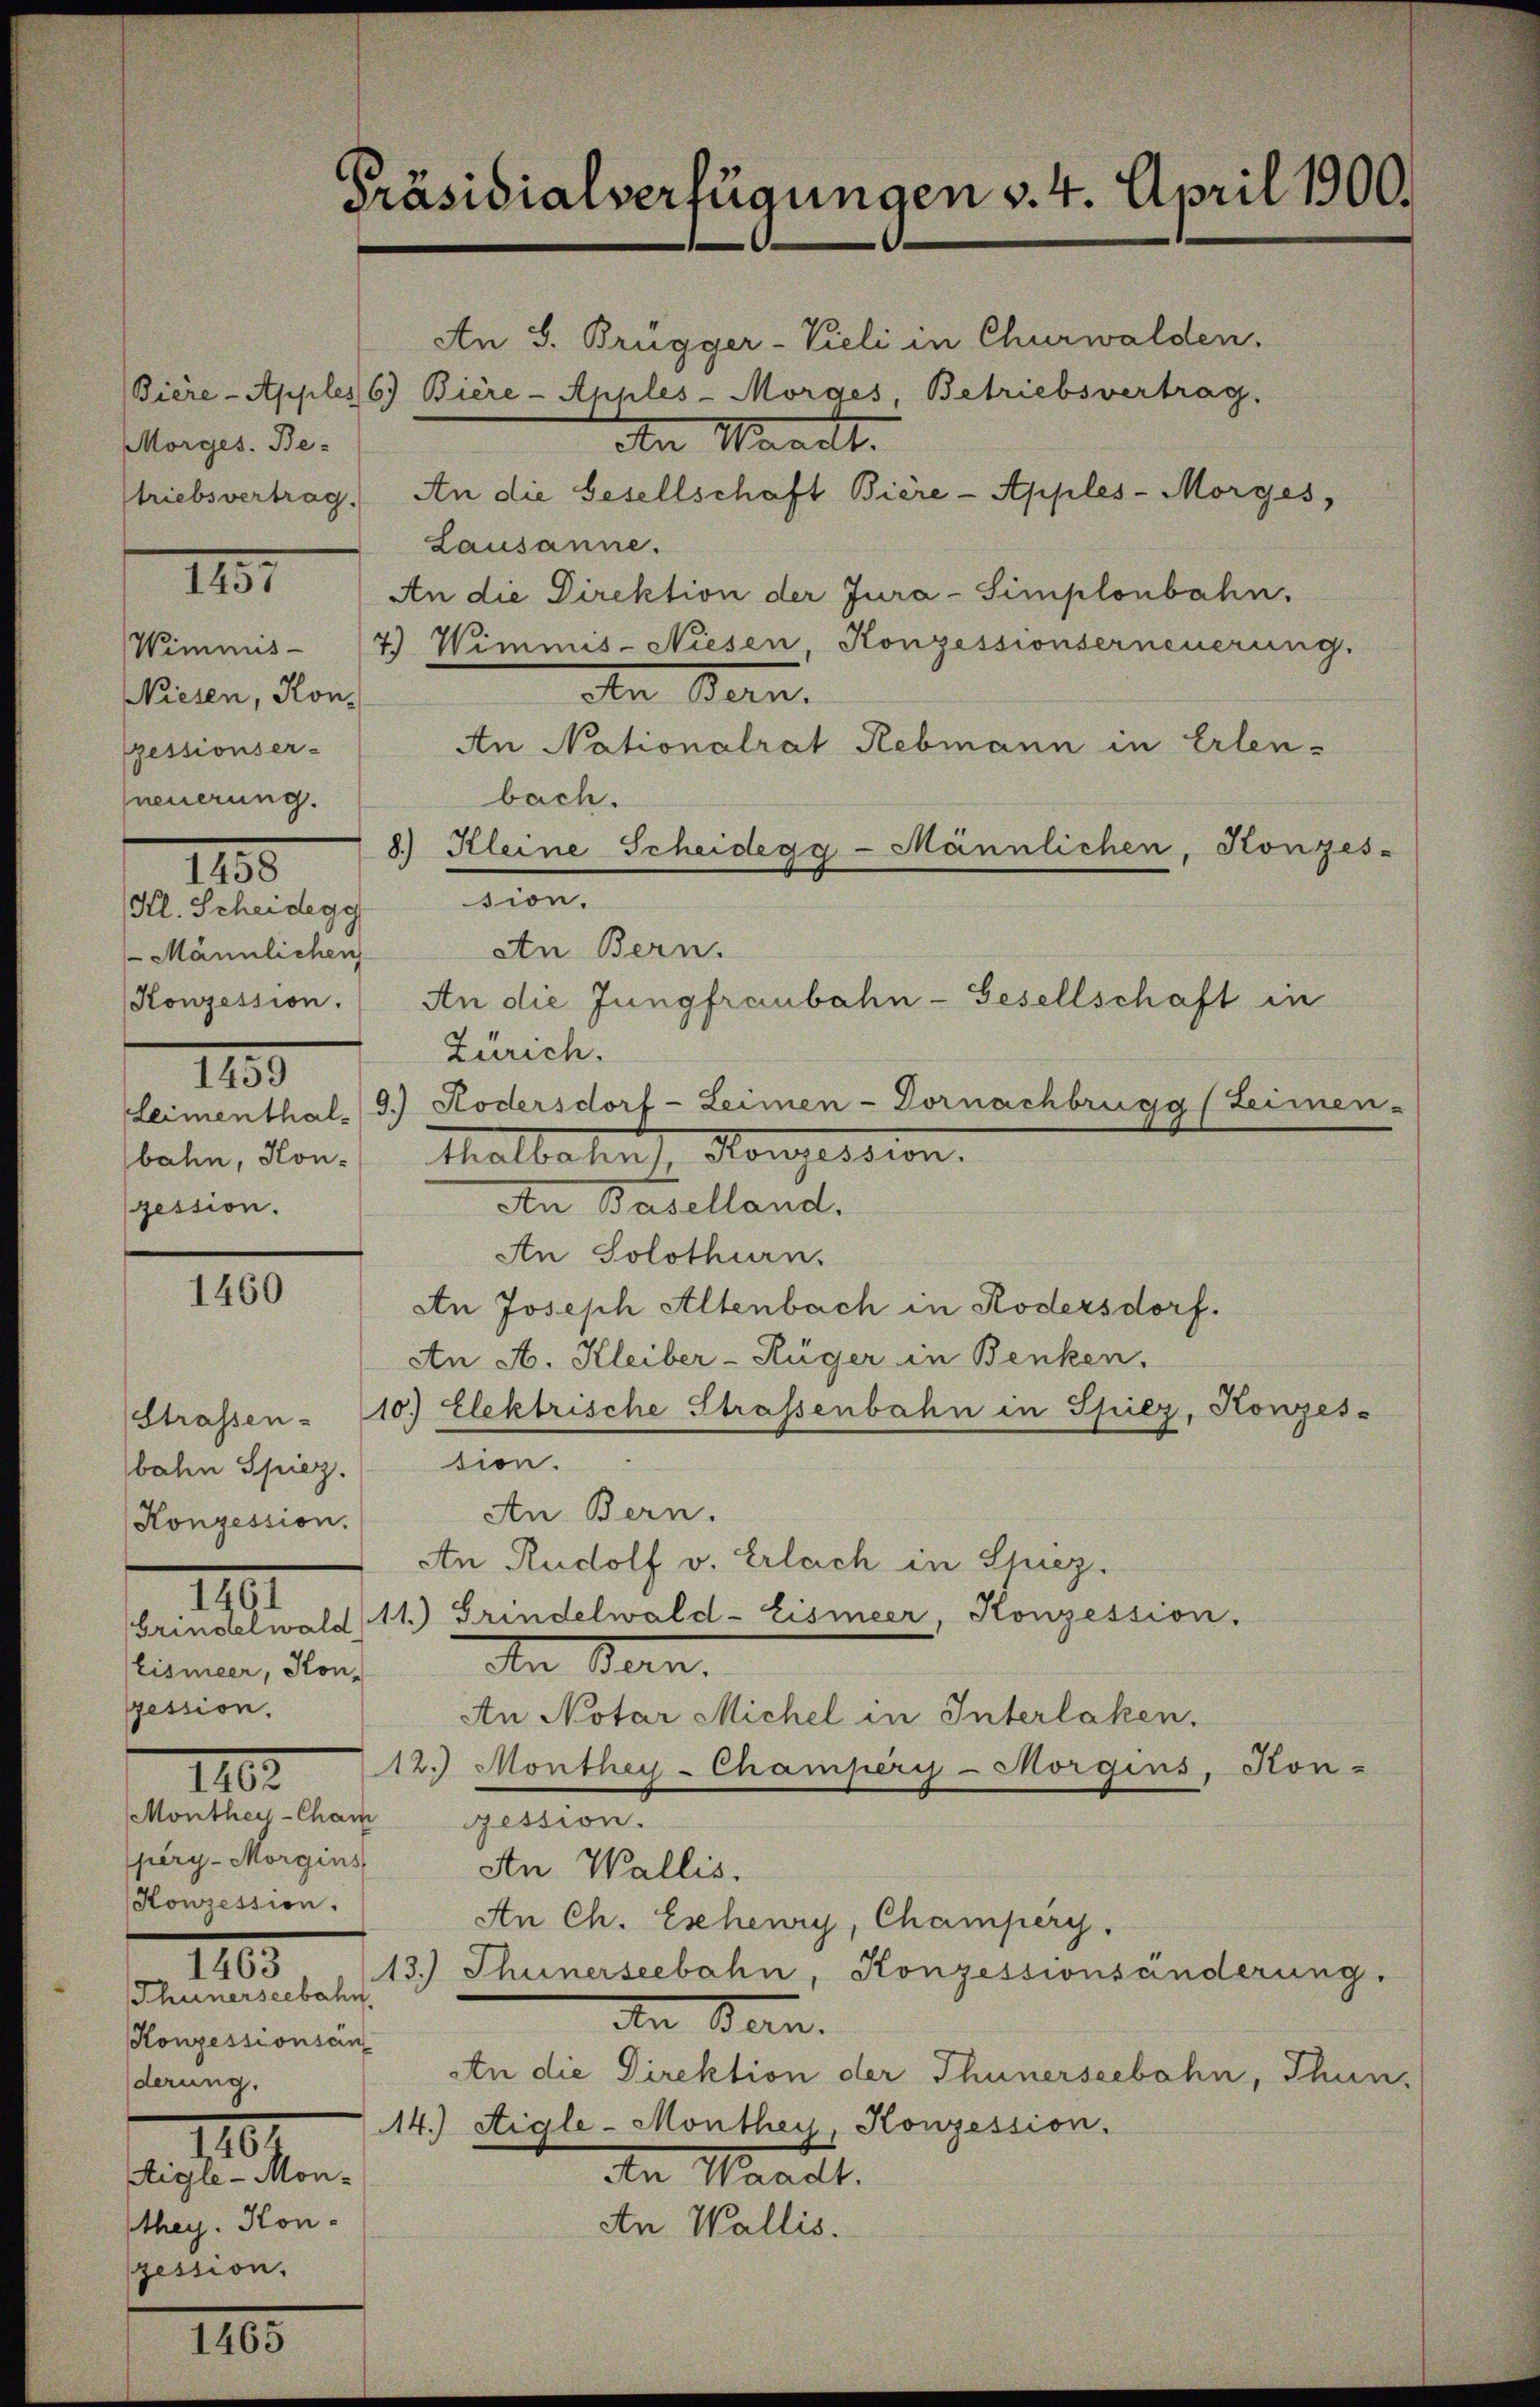
Morges. Be-

Niesen, Konpessionser-
neuerung.
Hl. Scheidegg
Männlichen
115
pession.

baten Spiez.
Konzession.
110.
Grindelwald
Eismeer, Kon-
pession.

derung.

pery- Morgins
Konzession.
1105
Thunerseebahn,
Konzessionsan

III.

1185.

1460

1102.

1101.

Aigle - Monthey. Kon-
zession.

1465

Präsidialverfügungen v. 4. April 1900.

Bière-Apples 6.) Bière-Apples-Morges, Betriebsvertrag.
An Waadt.
triebsvertrag. An die Gesellschaft Bière-Apples-Morges,
Lausanne.
An die Direktion der Jura-Simplonbahn.
Wimmis- (7) Wimmis-Niesen, Konzessionserneuerung.
An Bern.
An Nationalrat Rebmann in Erlenbach.
8.) Kleine Scheidegg-Männlichen, Konzes-
sion.
An Bern.
Zürich.
Leimenthal. 9.) Ködersdorf - Leimen-Dornachbrugg (Leimen-
bahn, son thalbahns, Konzession.
An Baselland.
An Solothurn.
An Joseph Altenbach in Rödersdorf.
An A. Kleiber-Rüger in Benken,
Strassen - (10.) Elektrische Strassenbahn in Spiez, Konzes-
tion.
An Bern.
An Rudolf v. Erlach in Spiez.
11.) Grindelwald-Eismeer Konzession.
An Bern.
An Notar Michel in Interlaken.
12.) Monthey-Champery-Morgins, Kon-
Monthey-Cham ession.
An Wallis.
An Ch. Eschenry, Champery.
13.) Thunerseebahn, Konzessionsänderung.
An Bern.
An die Direktion der Thunerseebahn, Thun,
14.) Aigle-Monthey, Konzession.
den Waadt.
An Wallis.

An S. Brügger- Vieli in Churwalden.

Konzession. An die Jungfraubahn-Gesellschaft in